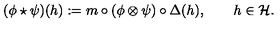
( \phi \star \psi ) ( h ) : = m \circ ( \phi \otimes \psi ) \circ \Delta ( h ) , \qquad h \in \mathcal { H } .